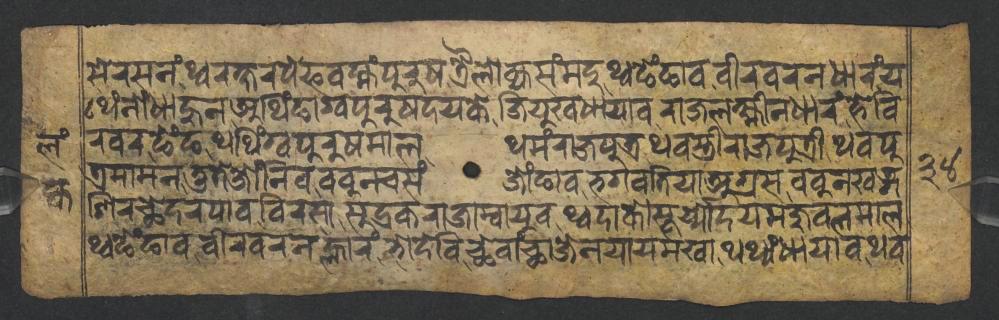
𑐳𑐾𑐬𑐳𑐣𑑄𑐠𑑂𑐰𑐬𑐎𑑂𑐲𑐬𑐥𑐾𑐦𑐰𑐩𑑂𑐴𑑄𑐥𑐸𑐬𑐸𑐲𑐟𑑂𑐬𑐿𑐮𑑀𑐎𑑂𑐫𑐳𑑄𑐩𑐡𑐸𑐠𑑂𑐰𑐒𑐾𑑄𑐒𑐵𑐰𑐰𑐷𑐬𑐰𑐬𑐣𑐢𑐵𑐬𑑄𑐫 𑐠𑐾𑑄𑐣𑑀𑑄𑐢𑐵𑐴𑐸𑐣𑐀𑐠𑐶𑑄𑐒𑐵𑐐𑑂𑐰𑐥𑐸𑐬𑐸𑐲𑐡𑐫𑐎𑐾𑐖𑐶𑐫𑐸𑐏𑐢𑐵𑐫𑐵𑐰𑐬𑐵𑐖𑐮𑐎𑑂𑐲𑑂𑐩𑐷𑐣𑐢𑐵𑐬𑑄𑐴𑐾𑐰𑐶 𑐬𑐰𑐬𑐒𑐾𑑄𑐒𑐠𑐠𑐶𑑄𑐐𑑂𑐰𑐥𑐸𑐬𑐸𑐲𑐩𑐵𑐮𑐠𑐩𑑄𑐬𑐵𑐖𑐥𑐸𑐟𑑂𑐬𑐠𑐰𑐳𑑂𑐟𑑂𑐬𑐷𑐬𑐵𑐖𑐥𑐸𑐟𑑂𑐬𑐷𑐠𑐰𑐥𑐸 𑐟𑑂𑐬𑐩𑐵𑐩𑐣𑐟𑐸𑐟𑐾𑐖𑑀𑑄𑐣𑐶𑐰𑐧𑐧𑐸𑐣𑐔𑐳𑑄𑐖𑑀𑑄𑐒𑐵𑐰𑐨𑐐𑐰𑐟𑐶𑐫𑐵𑐀𑐐𑑂𑐬𑐳𑐧𑐧𑐸𑐣𑐏𑐜𑑂𑐐 𑐱𑐶𑐬𑐕𑐾𑐡𑐬𑐥𑐵𑐰𑐧𑐶𑐬𑐳𑐵𑐳𑐸𑐡𑑂𑐬𑐎𑐬𑐵𑐖𑐵𑐩𑑂𑐰𑐵𑐫𑐸𑐰𑐠𑑂𑐰𑐡𑐵𑐎𑑀𑐳𑐹𑐬𑑂𑐫𑑂𑐫𑑀𑐡𑐫𑐩𑐖𑐸𑐧𑐮𑐩𑐵𑐮 𑐠𑑂𑐰𑐒𑐾𑑄𑐒𑐵𑐰𑐰𑐷𑐬𑐰𑐬𑐣𑐮𑑂𑐴𑐵𑐬𑑄𑐨𑑀𑐡𑐾𑐰𑐶𑐕𑐾𑐰𑐵𑑄𑐕𑐵𑐖𑐾𑐣𑐫𑐵𑐫𑐩𑐏𑐵𑐠𑐠𑑂𑐫𑑄𑐢𑐵𑐫𑐵𑐰𑐠𑐰